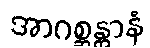
အာဂစ္ဆန္တာနံ